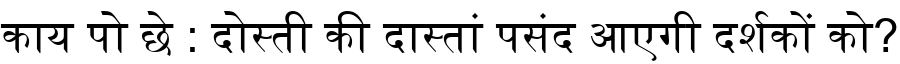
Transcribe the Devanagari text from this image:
काय पो छे : दोस्ती की दास्तां पसंद आएगी दर्शकों को?